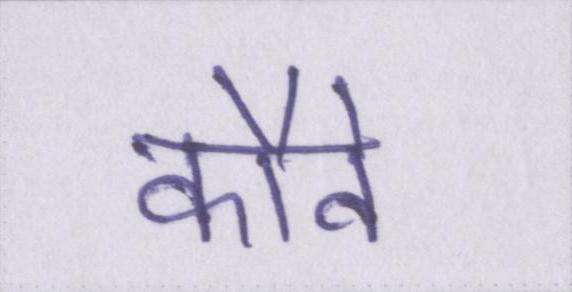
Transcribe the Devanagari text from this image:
कौवे